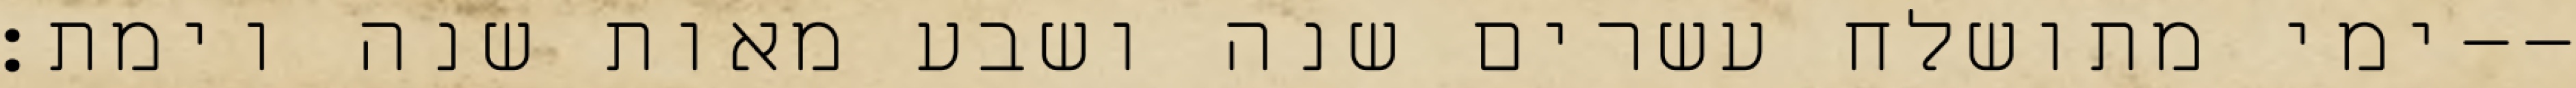
ימי מתושלח עשרים שנה ושבע מאות שנה וימת׃--